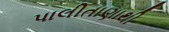
પાલીતાણાથી